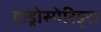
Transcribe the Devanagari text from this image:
हाड्रोसोरिड्स